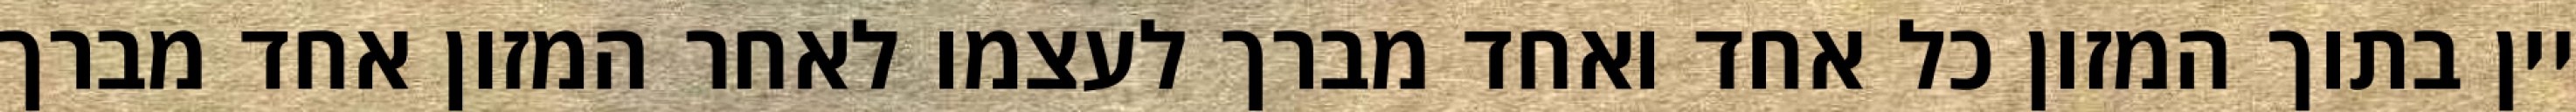
יין בתוך המזון כל אחד ואחד מברך לעצמו לאחר המזון אחד מברך